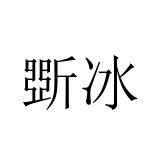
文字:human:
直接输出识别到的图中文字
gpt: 斲冰